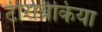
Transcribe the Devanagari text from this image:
टीरोब्रैकिया